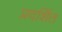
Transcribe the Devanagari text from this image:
प्रदर्शित